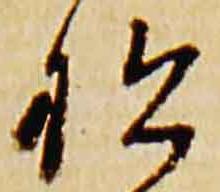
松